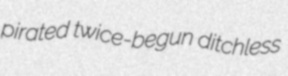
pirated twice-begun ditchless